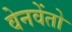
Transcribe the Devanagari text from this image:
वेनवेंतो